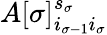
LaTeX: A[\sigma]_{i_{\sigma-1}i_{\sigma}}^{s_{\sigma}}